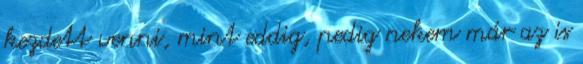
kezdett venni, mint eddig, pedig nekem már az is